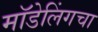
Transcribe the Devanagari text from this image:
मॉडेलिंगचा